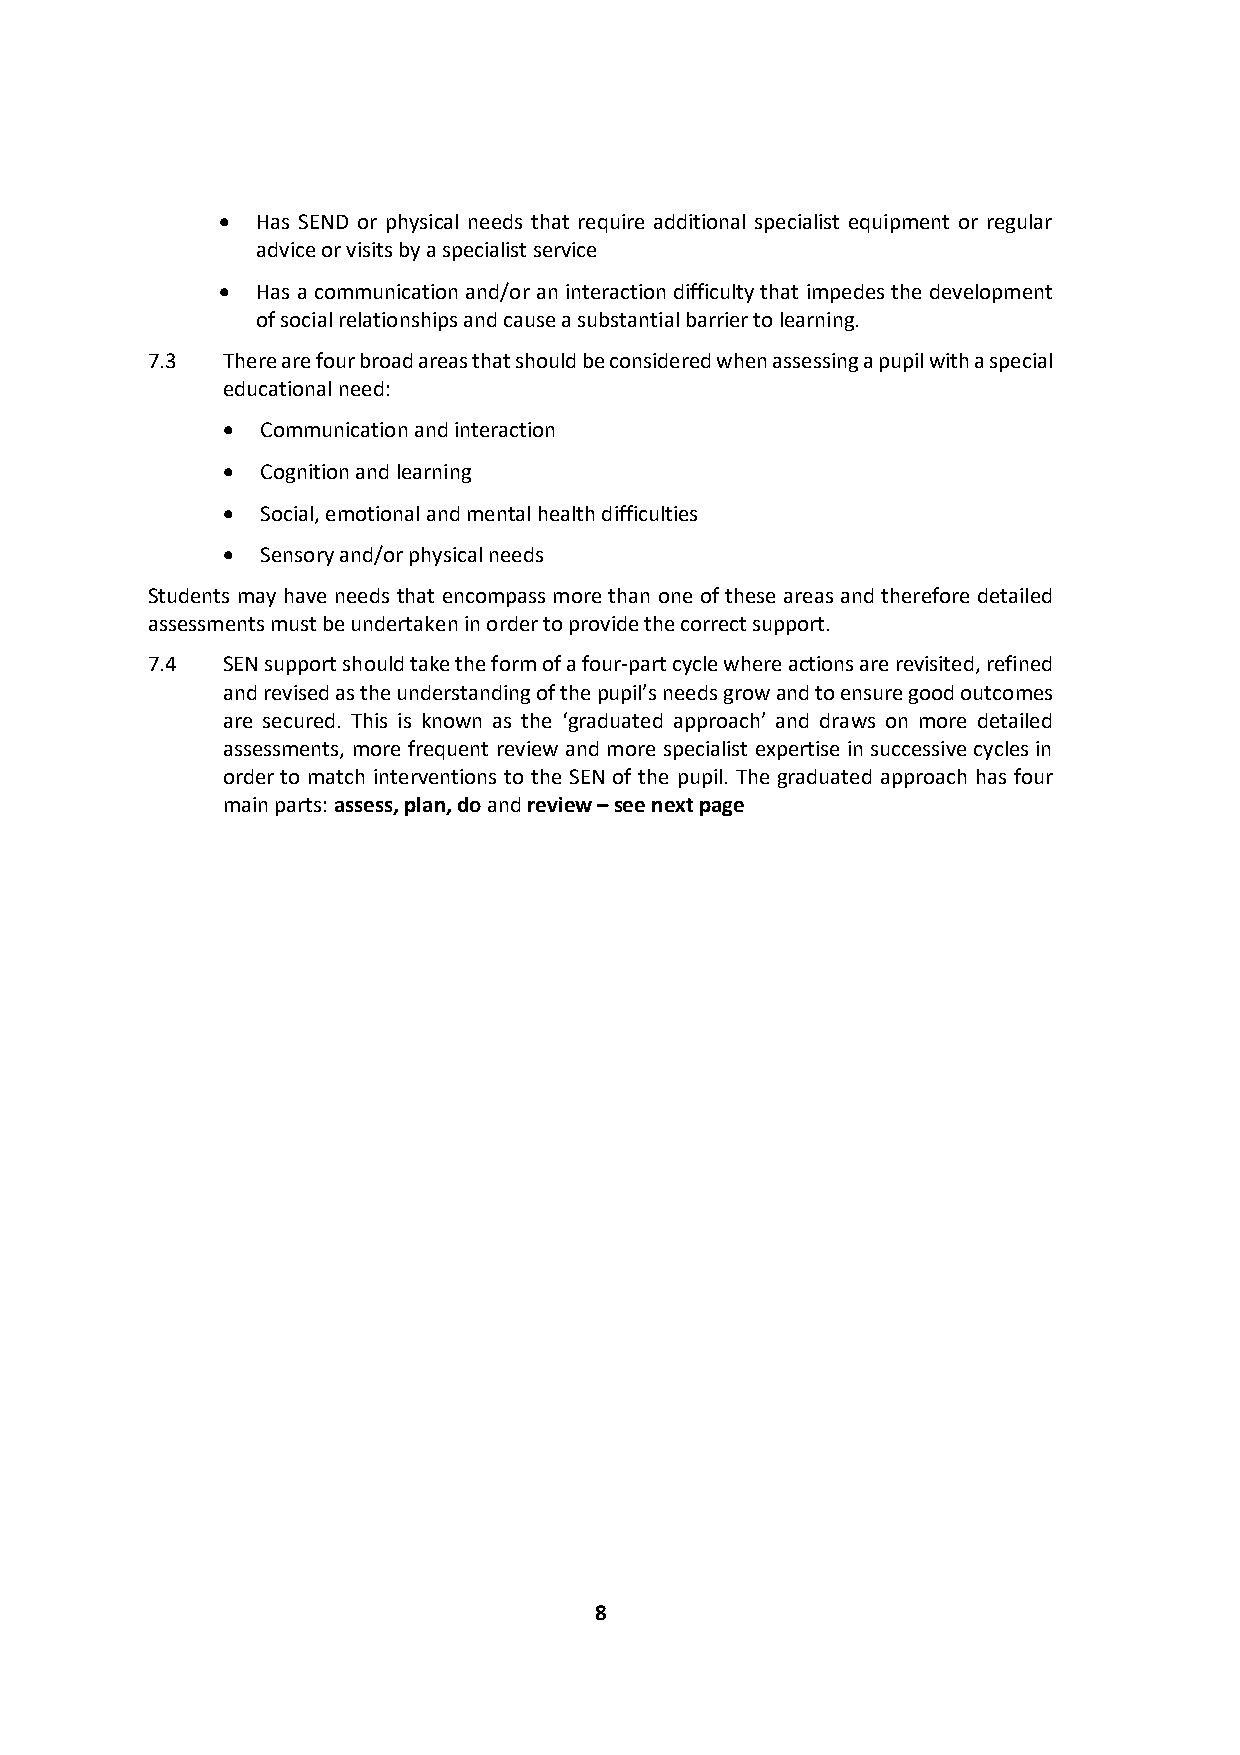
•  Has SEND or physical needs that require additional specialist equipment or regular
 advice or visits by a specialist service
 •  Has a communication and/or an interaction difficulty that impedes the development
 of social relationships and cause a substantial barrier to learning.
 7.3  There are four broad areas that should be considered when assessing a pupil with a special
 educational need:
 • Communication and interaction
 • Cognition and learning
 • Social, emotional and mental health difficulties
 • Sensory and/or physical needs
 Students may have needs that encompass more than one of these areas and therefore detailed
 assessments must be undertaken in order to provide the correct support.
 7.4  SEN support should take the form of a four-part cycle where actions are revisited, refined
 and revised as the understanding of the pupil’s needs grow and to ensure good outcomes
 are secured. This is known as the ‘graduated approach’ and draws on more detailed
 assessments, more frequent review and more specialist expertise in successive cycles in
 order to match interventions to the SEN of the pupil. The graduated approach has four
 main parts: assess, plan, do and review – see next page
 8